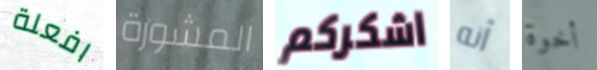
افعلة المشورة اشكركم أنه أخوة